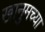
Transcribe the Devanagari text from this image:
खानुमच्या